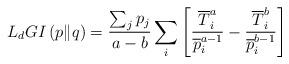
LaTeX: \begin{align*}L_{d}GI\left(p\|q\right)=\frac{\sum_{j}p_{j}}{a-b}\sum_{i}\left[\frac{\overline{T}^{a}_{i}}{\overline{p}^{a-1}_{i}}-\frac{\overline{T}^{b}_{i}}{\overline{p}^{b-1}_{i}}\right] \end{align*}